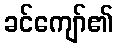
ခင်ကျော်၏